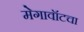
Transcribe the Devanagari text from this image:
मेगावॉटचा